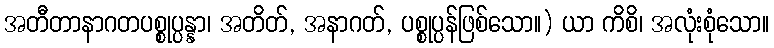
အတီတာနာဂတပစ္စုပ္ပန္နာ၊ အတိတ်, အနာဂတ်, ပစ္စုပ္ပန်ဖြစ်သော။) ယာ ကိစိ၊ အလုံးစုံသော။